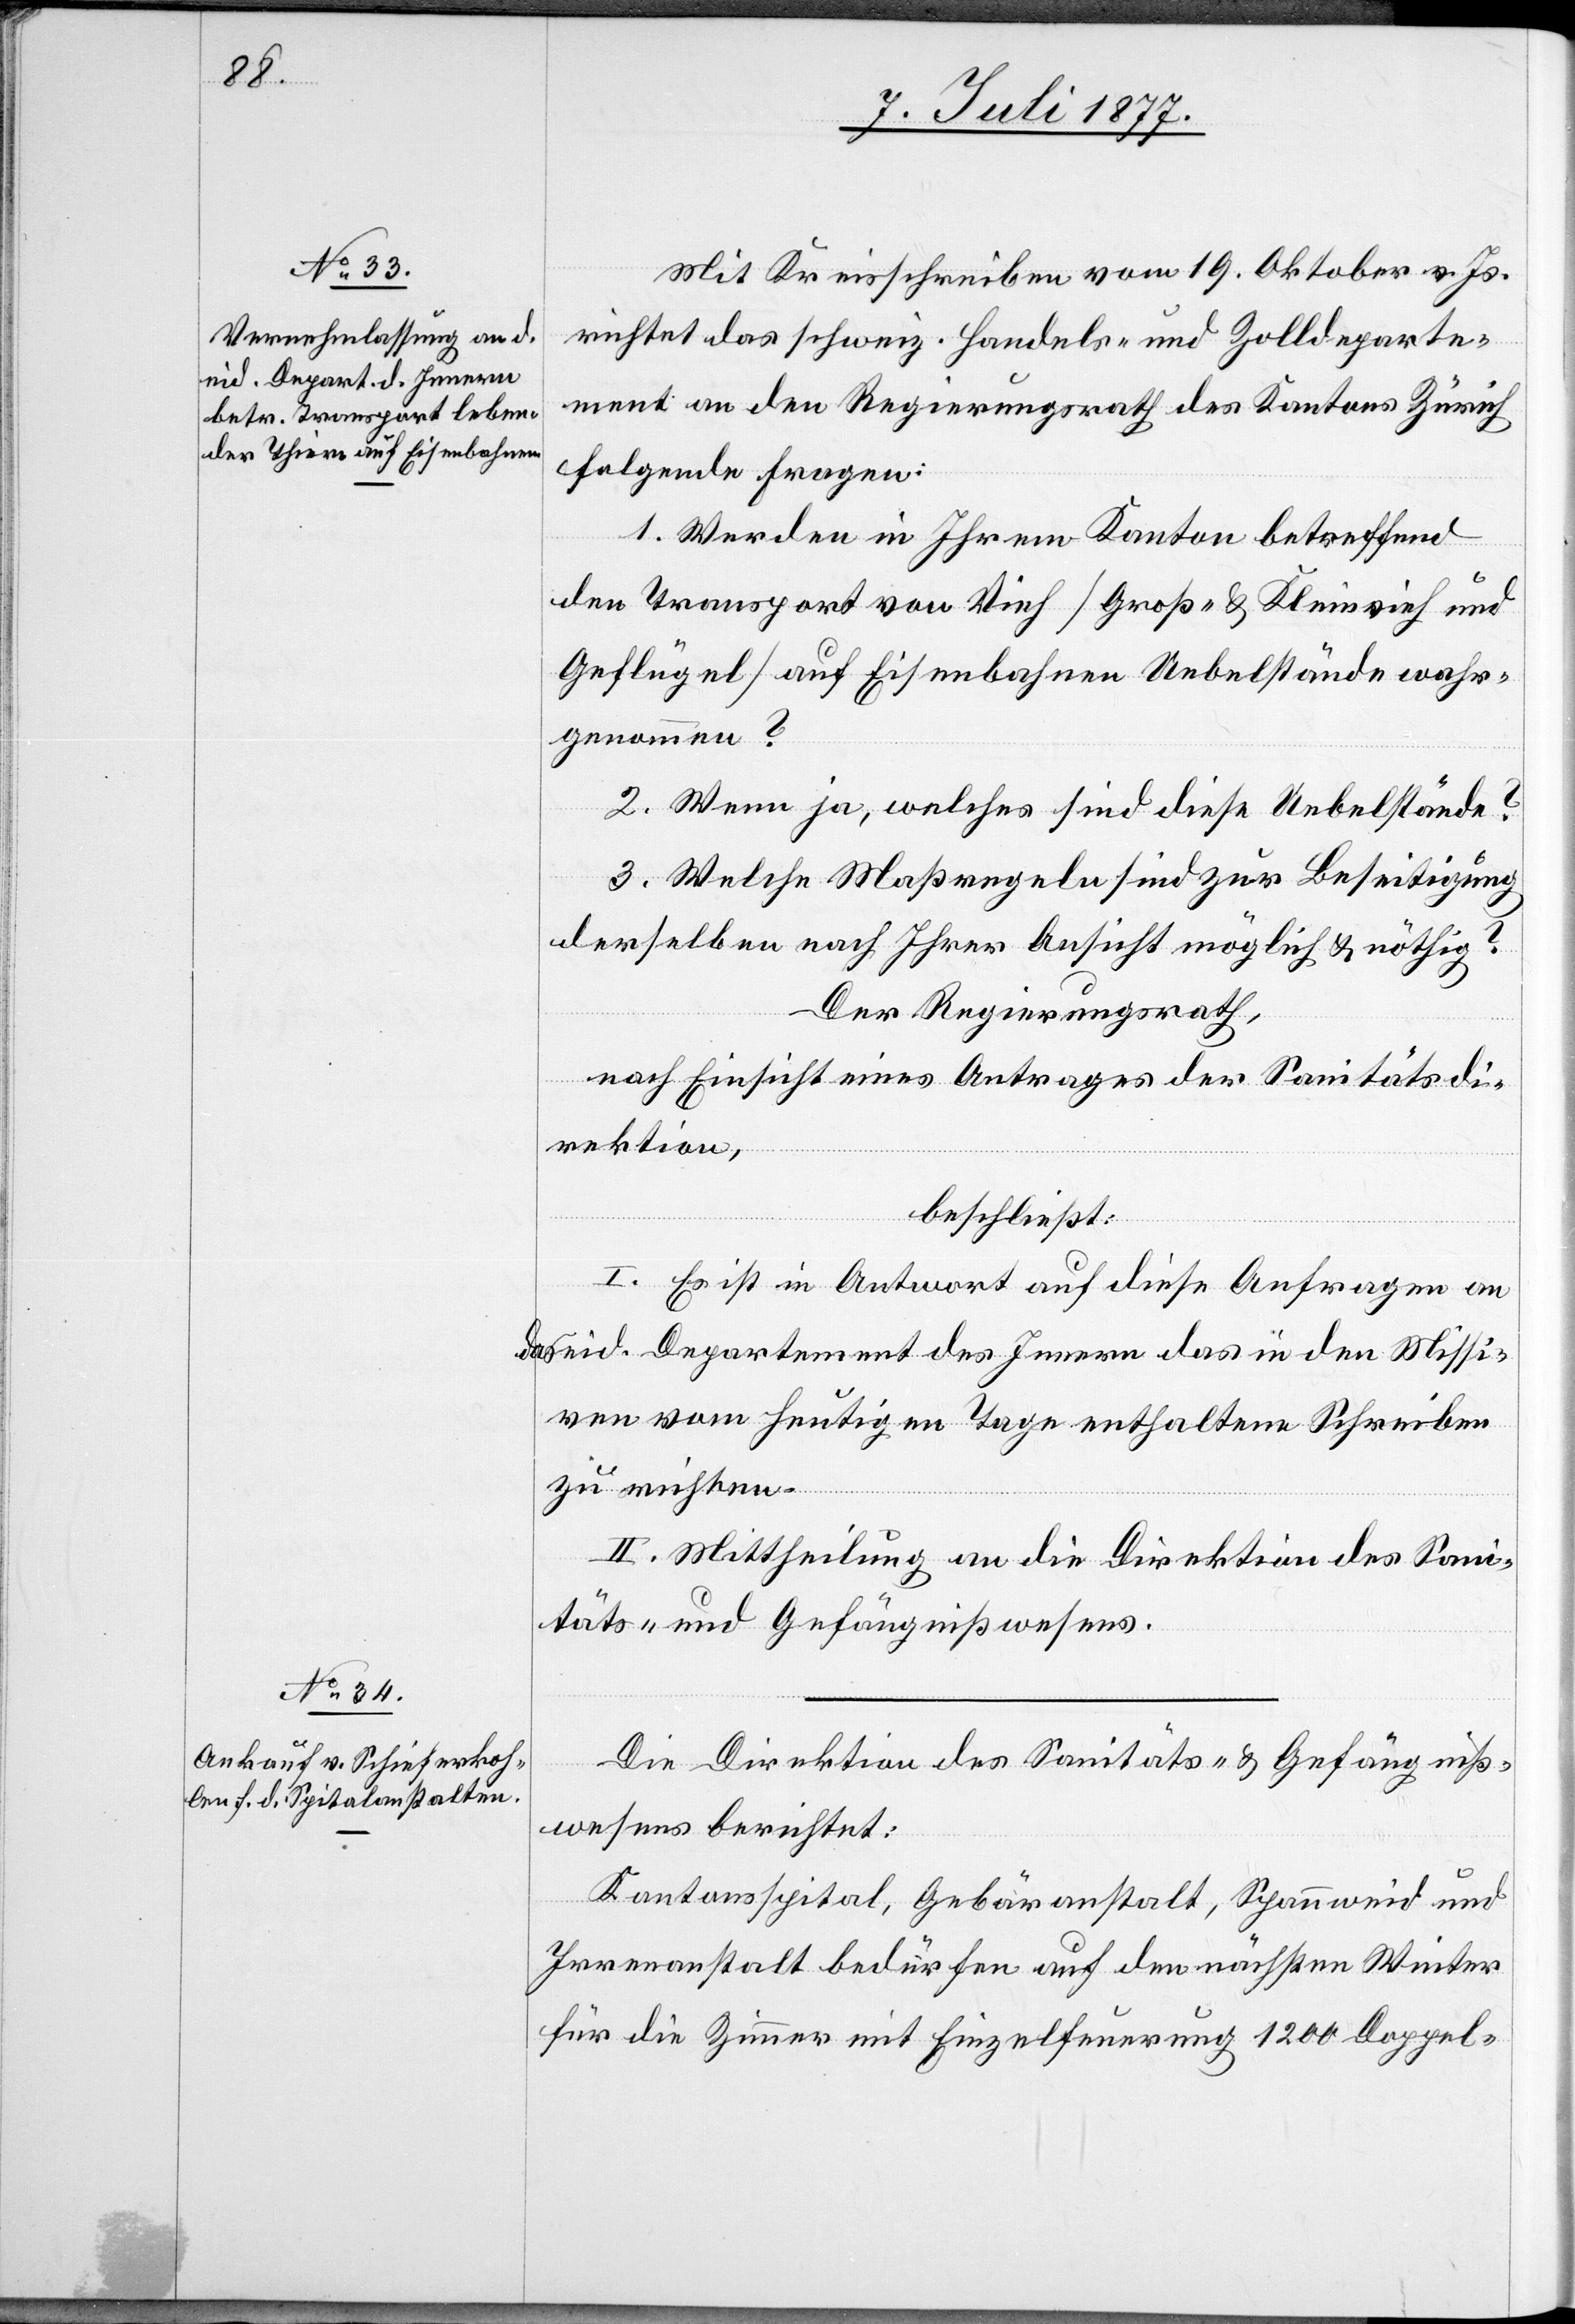
Mit Kreisschreiben vom 19. Oktober v. Js.
richtet das schweiz. Handels- und Zolldeparte¬
ment an den Regierungsrath des Kantons Zürich
folgende Fragen:
1. Werden in Ihrem Kanton betreffend
den Transport von Vieh [Groß- & Kleinvieh und
Geflügel] auf Eisenbahnen Uebelstände wahr¬
genommen?
2. Wenn ja, welches sind diese Uebelstände?
3. Welche Maßregeln sind zur Beseitigung
derselben nach Ihrer Ansicht möglich & nöthig?
Der Regierungsrath,
nach Einsicht eines Antrages der Sanitätsdi¬
rektion,
beschließt:
I. Es ist in Antwort auf diese Anfragen an
das eid. Departement des Innern das in den Missi¬
ven vom heutigen Tage enthaltene Schreiben
zu richten.
II. Mittheilung an die Direktion des Sani¬
täts- und Gefängnißwesens.
Die Direktion des Sanitäts- & Gefängniß¬
wesens berichtet:
Kantonsspital, Gebäranstalt, Spannweid und
Irrenanstalt bedürfen auf den nächsten Winter
für die Zimmer mit Einzelfeuerung 1200 Doppel-